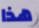
هذا